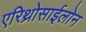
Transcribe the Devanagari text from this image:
एरिथ्रोसाईलोन